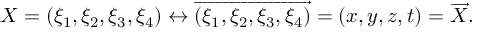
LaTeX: X = ( \xi _ { 1 } , \xi _ { 2 } , \xi _ { 3 } , \xi _ { 4 } ) \leftrightarrow { \overrightarrow { ( \xi _ { 1 } , \xi _ { 2 } , \xi _ { 3 } , \xi _ { 4 } ) } } = ( x , y , z , t ) = { \overrightarrow { X } } .